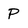
Character: P